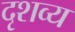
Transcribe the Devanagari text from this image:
दृशव्य